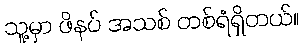
သူ့မှာ ဖိနပ် အသစ် တစ်ရံရှိတယ်။